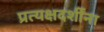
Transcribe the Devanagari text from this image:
प्रत्यक्षदर्शींना